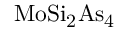
\mathrm { M o S i _ { 2 } A s _ { 4 } }